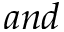
a n d